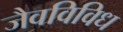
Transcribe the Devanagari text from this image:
जैवविविध